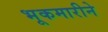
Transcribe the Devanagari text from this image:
भूकमारीने